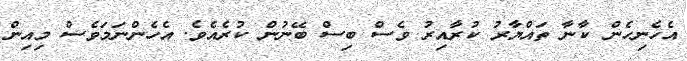
އެހެނިހެން ކާނާ ތައްޔާރު ކުރާއިރު ވެސް ބިސް ބޭނުން ކުރެއެވެ. އެހެންނަމަވެސް މިއިން